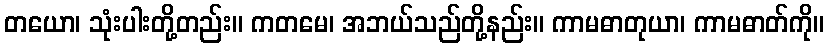
တယော၊ သုံးပါးတို့တည်း။ ကတမေ၊ အဘယ်သည်တို့နည်း။ ကာမဓာတုယာ၊ ကာမဓာတ်ကို။